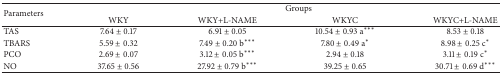
<table><thead><tr><td rowspan="2"><b>Parameters</b></td><td colspan="4"><b>Groups</b></td></tr><tr><td><b>WKY</b></td><td><b>WKY+L-NAME</b></td><td><b>WKYC</b></td><td><b>WKYC+L-NAME</b></td></tr></thead><tbody><tr><td>TAS</td><td>7.64 ± 0.17</td><td>6.91 ± 0.05</td><td>10.54 ± 0.93a***</td><td>8.53 ± 0.18</td></tr><tr><td>TBARS</td><td>5.59 ± 0.32</td><td>7.49 ± 0.20b***</td><td>7.80 ± 0.49a*</td><td>8.98 ± 0.25c*</td></tr><tr><td>PCO</td><td>2.69 ± 0.07</td><td>3.12 ± 0.05b***</td><td>2.94 ± 0.18</td><td>3.11 ± 0.19c*</td></tr><tr><td>NO</td><td>37.65 ± 0.56</td><td>27.92 ± 0.79 b***</td><td>39.25 ± 0.65</td><td>30.71 ± 0.69d***</td></tr></tbody></table>